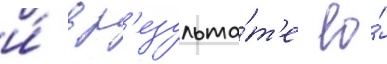
и́ в р'езульта́т'е ео́